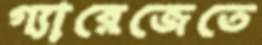
গ্যারেজেতে